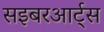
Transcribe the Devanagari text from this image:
सइबरआर्ट्स